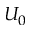
U _ { 0 }